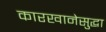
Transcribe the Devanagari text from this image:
कारखानेसुद्धा